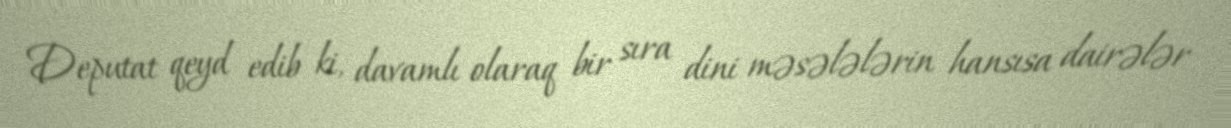
Deputat qeyd edib ki, davamlı olaraq bir sıra dini məsələlərin hansısa dairələr